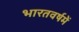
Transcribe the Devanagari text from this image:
भारतवर्षमें